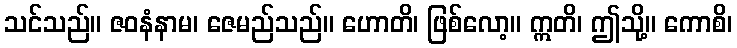
သင်သည်။ ဇဝနံနာမ၊ ဇေမည်သည်။ ဟောတိ၊ ဖြစ်လော့။ ဣတိ၊ ဤသို့။ ကောစိ၊